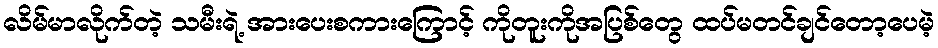
လိမ်မာလိုက်တဲ့ သမီးရဲ့ အားပေးစကားကြောင့် ကိုတူးကိုအပြစ်တွေ ထပ်မတင်ချင်တော့ပေမဲ့